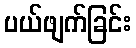
ပယ်ဖျက်ခြင်း